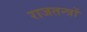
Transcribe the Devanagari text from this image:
राजतन्त्रों